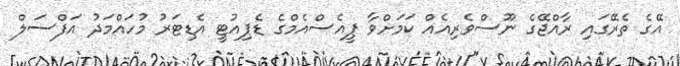
އޭގެ ތެރޭގައި ރާއްޖޭގެ ނޫސްވެރިއެއް ކަމަށްވާ ޕީއެސްއެމްގެ ޑެޕިއުޓީ އެޑިޓަރު މުހައްމަދު އަފްސަލް